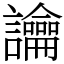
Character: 讑